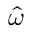
\hat { \omega }